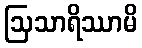
ဩသာရိဿာမိ